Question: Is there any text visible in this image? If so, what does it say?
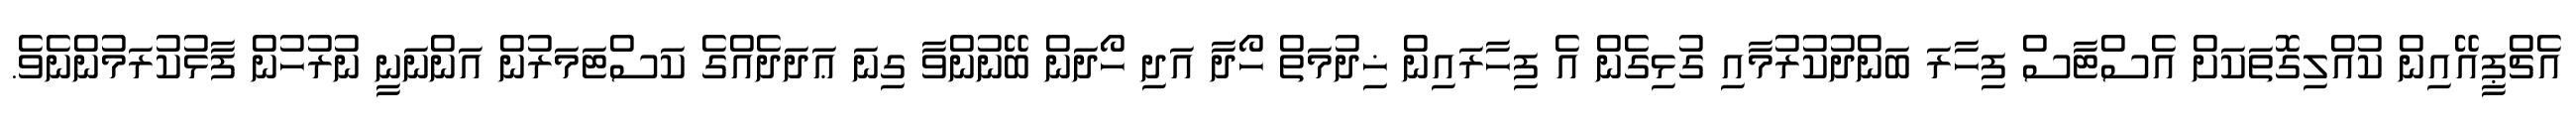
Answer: އެޗްޕީއޭއިން ކުއްލިގޮތަކަށް އެސްޓާސް ފިހާރަ ބަންދުކުރުމާއި ގުޅިގެން އެ ފިހާރައިން ޚިދުމަތް ހޯދާ އަދި ހޯދަން ބޭނުންވާ ގިނަ ޢަދަދެއްގެ ކަސްޓަމަރުން އަންނަނީ ނުރުހުން ފާޅުކުރަމުންނެވެ.